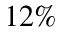
1 2 \%